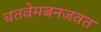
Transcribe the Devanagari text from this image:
चतवेमबनजवत